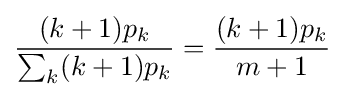
{\frac {(k+1)p_{k}}{\sum _{k}(k+1)p_{k}}}={\frac {(k+1)p_{k}}{m+1}}